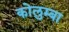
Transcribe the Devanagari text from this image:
कोलुम्बा